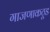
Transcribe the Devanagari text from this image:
गाजणाकठूड